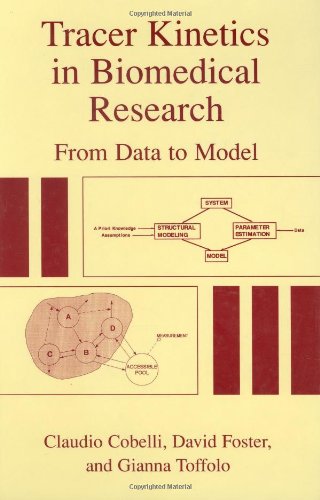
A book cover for Tracer Kinetics in Biomedical Research: From Data to Model; Claudio Cobelli; Medical Books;